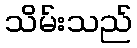
သိမ်းသည်